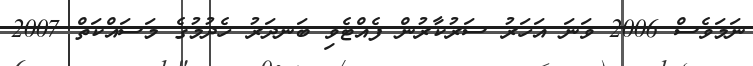
ނަމަވެސް 2006 ވަނަ އަހަރު ސަރުކާރުން ފެއްޓެވި ބަނދަރު ހެދުމުގެ މަސައްކަތް 2007